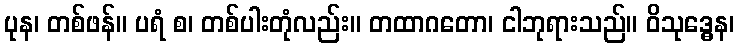
ပုန၊ တစ်ဖန်။ ပရံ စ၊ တစ်ပါးတုံလည်း။ တထာဂတော၊ ငါဘုရားသည်။ ဝိသုဒ္ဓေန၊